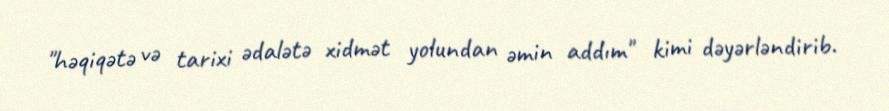
"həqiqətə və tarixi ədalətə xidmət yolundan əmin addım" kimi dəyərləndirib.